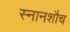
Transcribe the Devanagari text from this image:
स्नानशौच